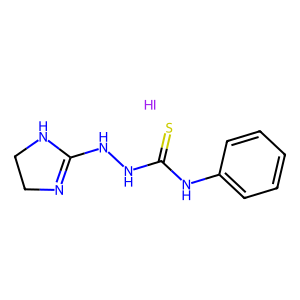
SMILES: I.S=C(NNC1=NCCN1)Nc1ccccc1
Inhibits HIV replication: No